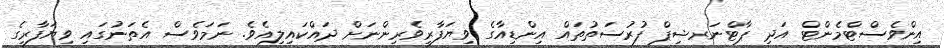
އިންވެސްޓްމެންޓް އަދި ޕާޓްނަރޝިޕް ފުރުސަތުތައް އިންޑިއާގެ ވިޔަފާރިވެރިންނަށް ދައްކައިލިއެވެ. ނަމަވެސް އެތަނުގައި ވިޔަފާރީގެ